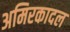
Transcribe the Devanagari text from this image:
अमिरकादल